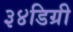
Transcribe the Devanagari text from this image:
३४डिग्री